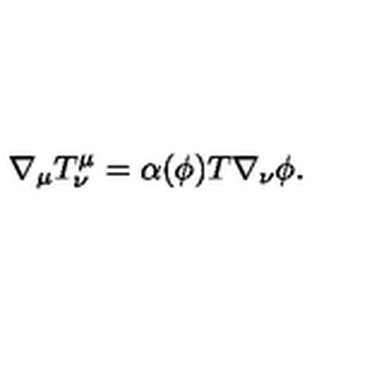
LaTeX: \nabla _ { \mu } T _ { \nu } ^ { \mu } = \alpha ( \phi ) T \nabla _ { \nu } \phi .